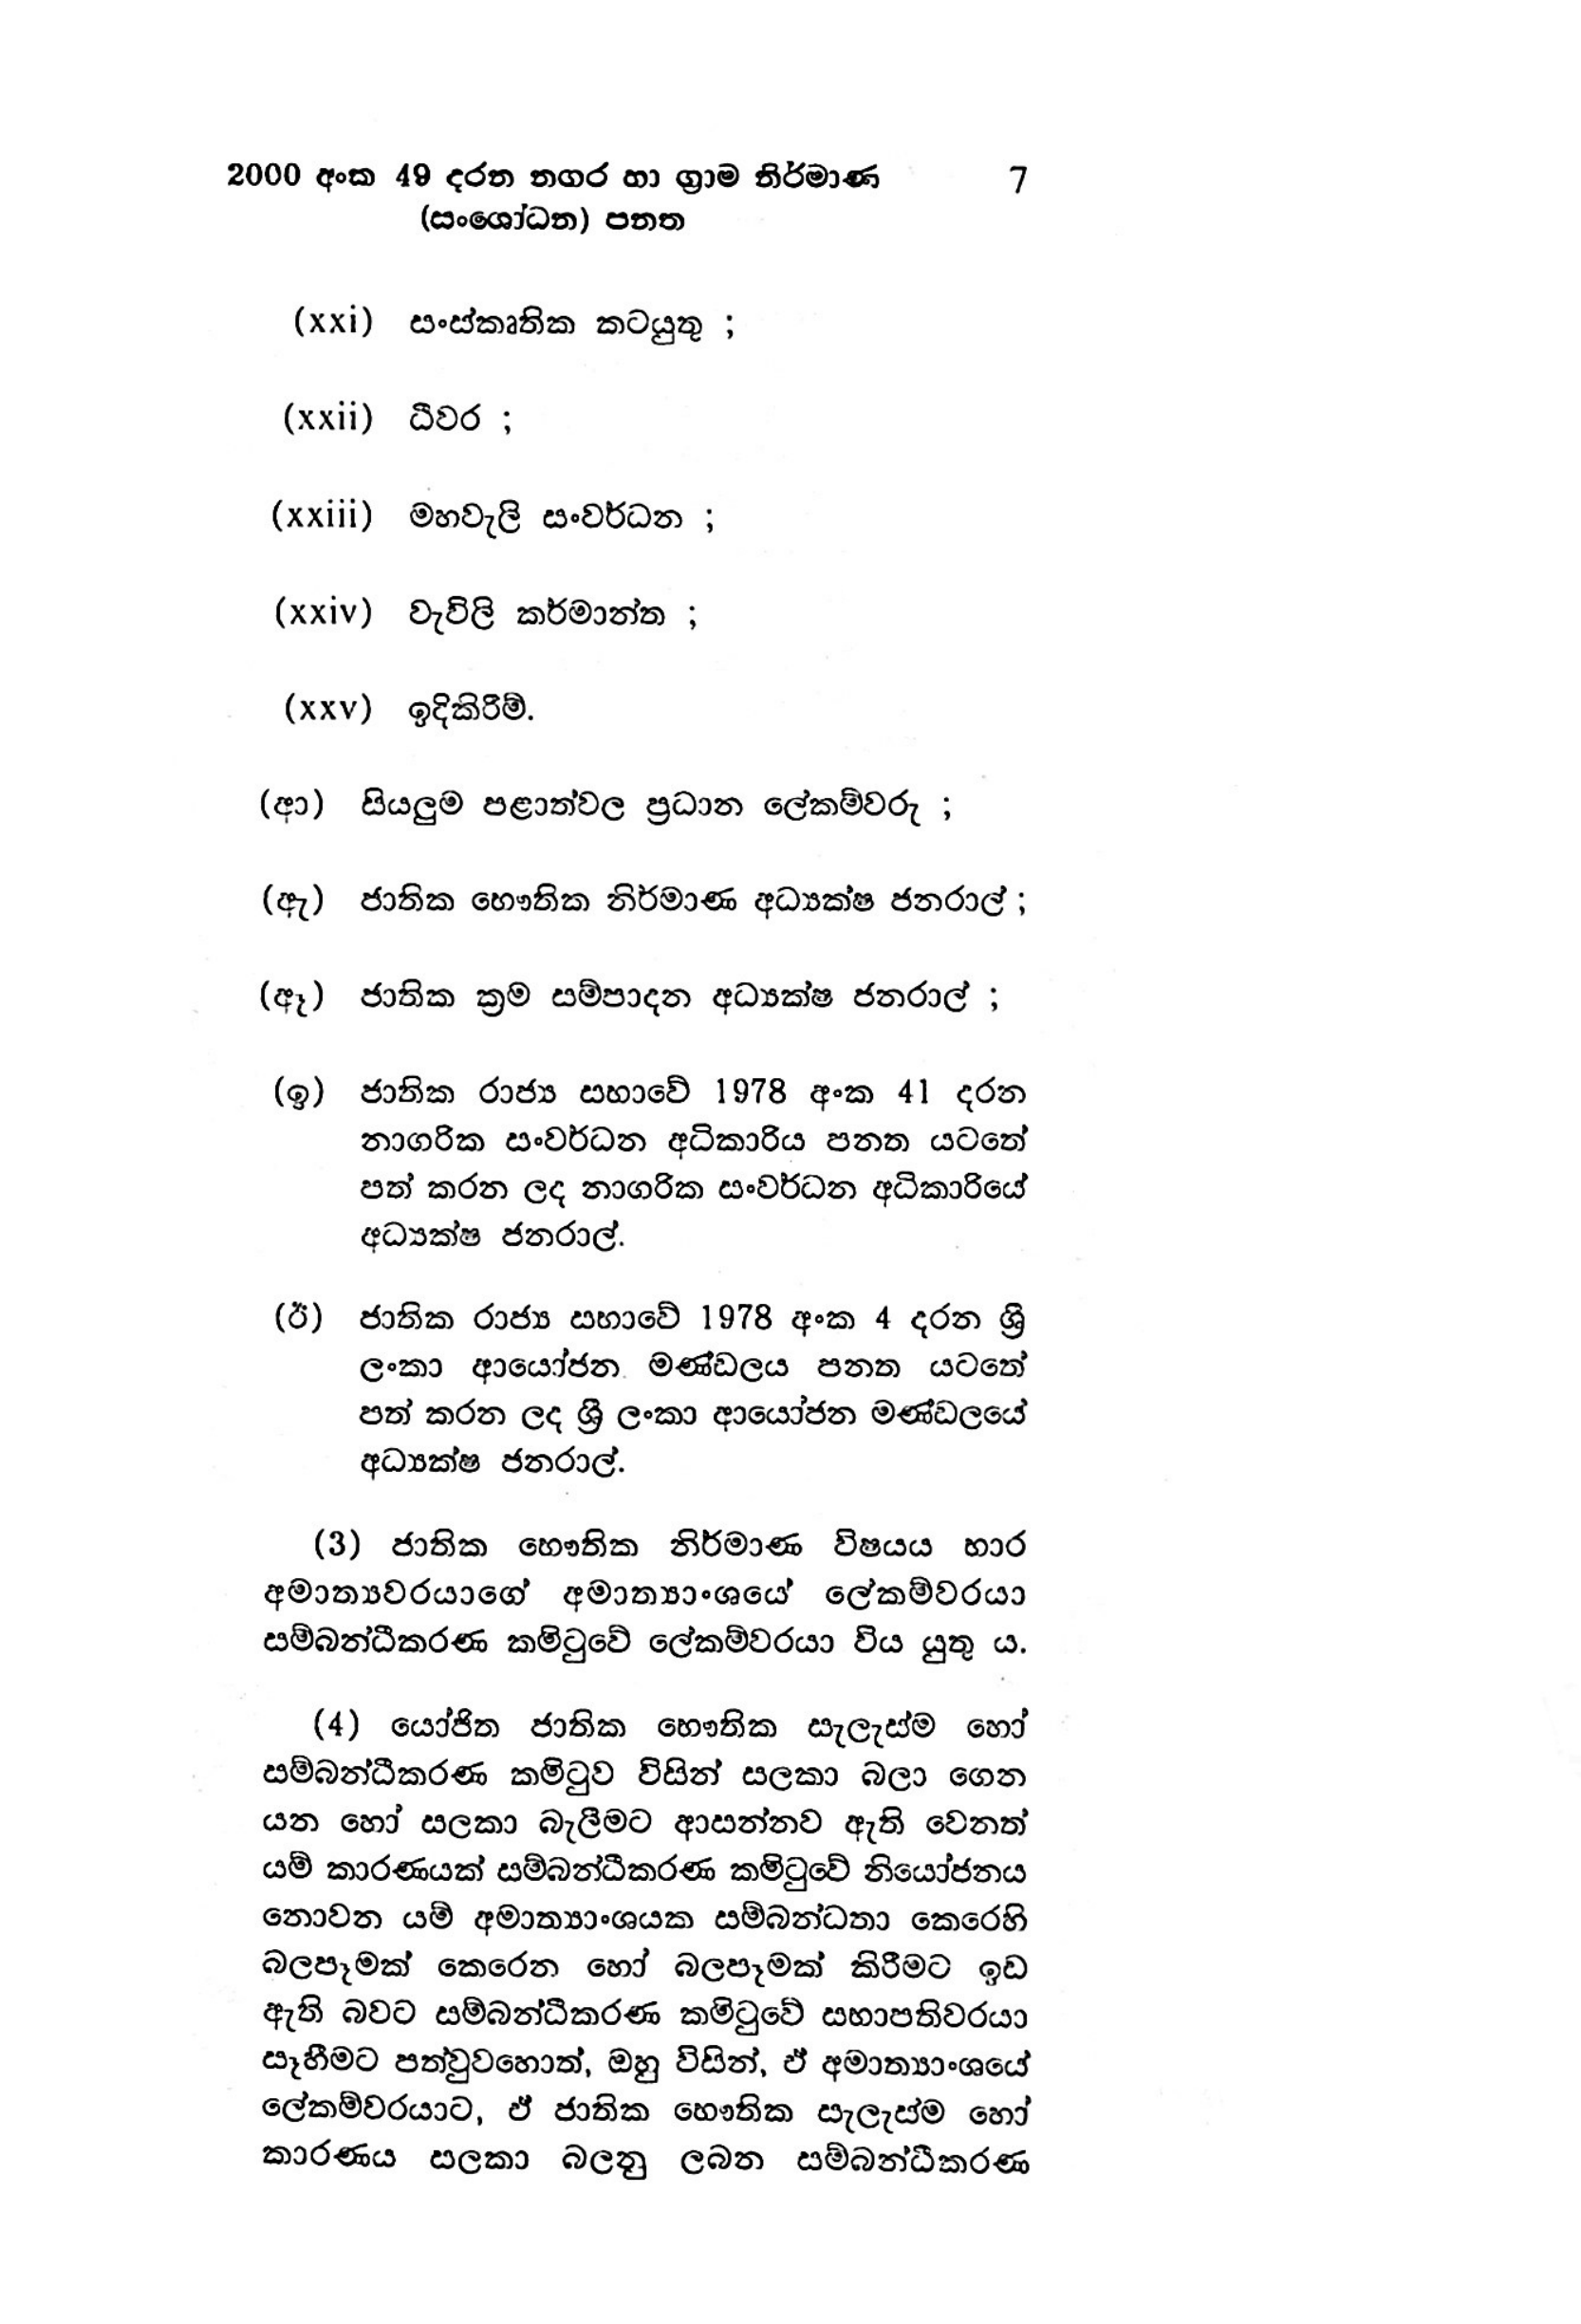
2000 අංක 49 දරන නගර හා ග්‍රාම නිර්මාණ 7
(සංශෝධන) පනත

(xxi) සංස්කෘතික කටයුතු ;

(xxii) ධීවර ;

(xxiii) මහවැලි සංවර්ධන ;

(xxiv) වැවිලි කර්මාන්ත ;

(xxv) ඉදිකිරීම්.

(ආ) සියලුම පළාත්වල ප්‍රධාන ලේකම්වරු ;

(ඇ) ජාතික භෞතික නිර්මාණ අධ්‍යක්ෂ ජනරාල් ;

(ඈ ) ජාතික ක්‍රම සම්පාදන අධ්‍යක්ෂ ජනරාල් ;

(ඉ) ජාතික රාජ්‍ය සහාවේ 1978 අංක 41 දරන
නාගරික සංවර්ධන අධිකාරිය පනත යටතේ
පත් කරන ලද නාගරික සංවර්ධන අධිකාරියේ
අධ්‍යක්ෂ ජනරාල්.

(ඊ) ජාතික රාජ්‍ය සභාවේ 1978 අංක 4 දරන ශ්‍රී
ලංකා ආයෝජන මණ්ඩලය පනත යටතේ
පත් කරන ලද ශ්‍රී‍ ලංකා ආයෝජන මණ්ඩලයේ
අධ්‍යක්ෂ ජනරාල්.

(3) ජාතික භෞතික නිර්මාණ විෂයය භාර
අමාත්‍යවරයාගේ අමාත්‍යාංශයේ ලේකම්වරයා
සම්බන්ධීකරණ කමිටුවේ ලේකම්වරයා විය යුතු ය.

(4) යෝජිත ජාතික භෞතික සැලැස්ම හෝ
සම්බන්ධීකරණ කමිටුව විසින් සලකා බලා ගෙන
යන හෝ සලකා බැලීමට ආසන්නව ඇති වෙනත්
යම් කාරණයක් සම්බන්ධීකරණ කමිටුවේ නියෝජනය
නොවන යම් අමාත්‍යාංශයක සම්බන්ධතා කෙරෙහි
බලපෑමක් කෙරෙන හෝ බලපෑමක් කිරීමට ඉඩ
ඇති බවට සම්බන්ධීකරණ කමිටුවේ සභාපතිවරයා
සෑහීමට පත්වුවහොත්, ඔහු විසින්, ඒ අමාත්‍යාංශයේ
ලේකම්වරයාට, ඒ ජාතික භෞතික සැලැස්ම හෝ
කාරණය සලකා බලනු ලබන සම්බන්ධීකරණ